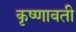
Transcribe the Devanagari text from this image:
कृष्णावती